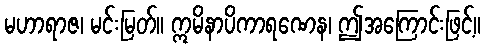
မဟာရာဇ၊ မင်းမြတ်။ ဣမိနာပိကာရဏေန၊ ဤအကြောင်းဖြင့်။